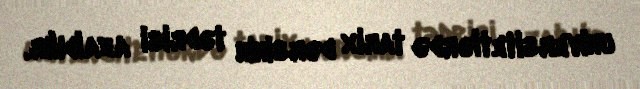
universitetlərdə tarix dərsinin tədrisi azaldılır.